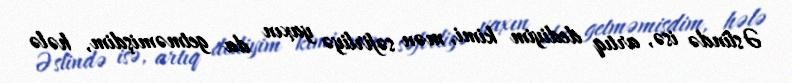
Əslində isə, artıq dediyim kimi, mən səfirliyə yaxın da getməmişdim, hələ